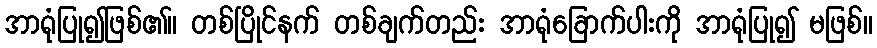
အာရုံပြု၍ဖြစ်၏။ တစ်ပြိုင်နက် တစ်ချက်တည်း အာရုံခြောက်ပါးကို အာရုံပြု၍ မဖြစ်။